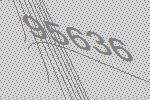
95636